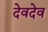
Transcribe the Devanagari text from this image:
देवदेव